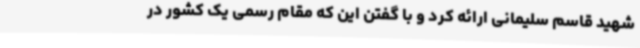
شهید قاسم سلیمانی ارائه کرد و با گفتن این که مقام رسمی یک کشور در